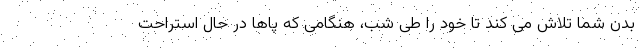
بدن شما تلاش می کند تا خود را طی شب، هنگامی که پاها در حال استراحت